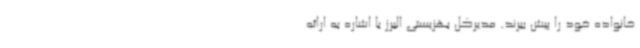
خانواده خود را پیش ببرند. مدیرکل بهزیستی البرز با اشاره به ارائه